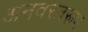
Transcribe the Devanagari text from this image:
अनवरतरूप